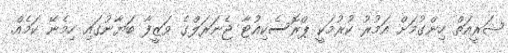
ޝަރީއަތް ހިންގުމަށް އަމުރު ކުރުމަކީ ޕްރޮސެކިއުޓާ ޖެނަރަލްގެ ވަޒީފާ ބަޔާނުގައި ހިމެނޭ ކަމެއް.